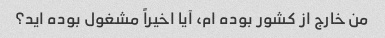
من خارج از کشور بوده ام، آیا اخیراً مشغول بوده اید؟